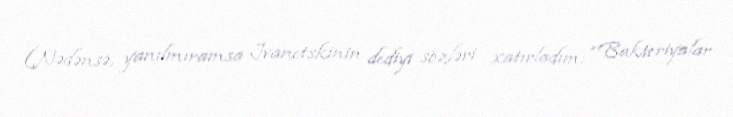
(Nədənsə, yanılmıramsa Jvanetskinin dediyi sözləri xatırladım: “Bakteriyalar